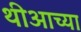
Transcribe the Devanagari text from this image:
थीआच्या